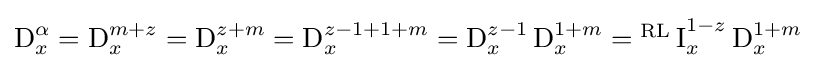
{\textstyle \operatorname {D} _{x}^{\alpha }=\operatorname {D} _{x}^{m+z}=\operatorname {D} _{x}^{z+m}=\operatorname {D} _{x}^{z-1+1+m}=\operatorname {D} _{x}^{z-1}\operatorname {D} _{x}^{1+m}={^{\text{RL}}\operatorname {I} }_{x}^{1-z}\operatorname {D} _{x}^{1+m}}